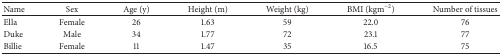
<table><thead><tr><td><b>Name</b></td><td><b>Sex</b></td><td><b>Age (y)</b></td><td><b>Height (m)</b></td><td><b>Weight (kg)</b></td><td><b>BMI (kgm<sup>−2</sup>)</b></td><td><b>Number of tissues</b></td></tr></thead><tbody><tr><td>Ella</td><td>Female</td><td>26</td><td>1.63</td><td>59</td><td>22.0</td><td>76</td></tr><tr><td>Duke</td><td>Male</td><td>34</td><td>1.77</td><td>72</td><td>23.1</td><td>77</td></tr><tr><td>Billie</td><td>Female</td><td>11</td><td>1.47</td><td>35</td><td>16.5</td><td>75</td></tr></tbody></table>